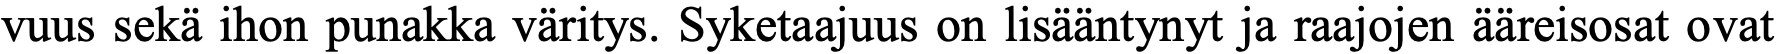
vuus sekä ihon punakka väritys. Syketaajuus on lisääntynyt ja raajojen ääreisosat ovat